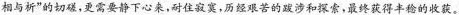
相与析”的切磋，更需要静下心来，耐住寂寞，历经艰苦的跋涉和探索，最终获得丰稔的收获。